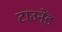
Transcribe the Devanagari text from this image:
टाउनेंड